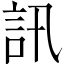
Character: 訊